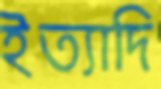
ইত্যাদি